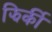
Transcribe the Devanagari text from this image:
झिर्की